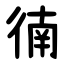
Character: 㣮